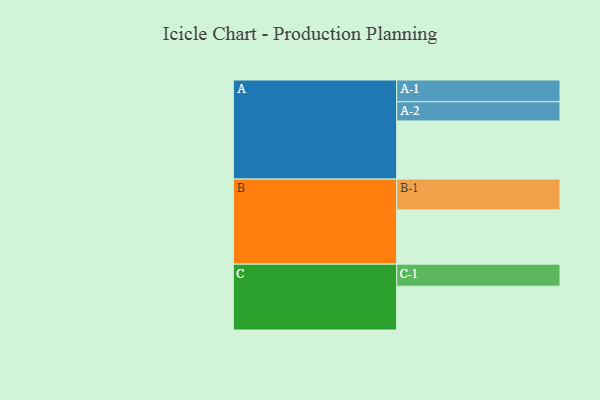
{"axis": {"x": "Segment", "y": "Value"}, "legend": ["", "A", "B", "C"], "data": [{"x": "A", "y": 542, "type": ""}, {"x": "B", "y": 506, "type": ""}, {"x": "C", "y": 408, "type": ""}, {"x": "A-1", "y": 203, "type": "A"}, {"x": "A-2", "y": 179, "type": "A"}, {"x": "B-1", "y": 287, "type": "B"}, {"x": "C-1", "y": 206, "type": "C"}]}